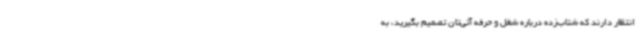
انتظار دارند که شتاب‌زده درباره شغل و حرفه آتی‌تان تصمیم بگیرید، به